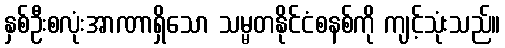
နှစ်ဦးစလုံးအာဏာရှိသော သမ္မတနိုင်ငံစနစ်ကို ကျင့်သုံးသည်။